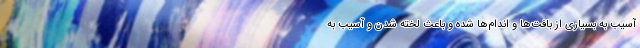
آسیب به بسیاری از بافت‌ها و اندام‌ها شده و باعث لخته شدن و آسیب به